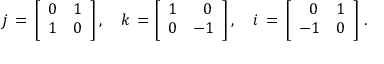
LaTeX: j \, = \, { \left[ \begin{array} { l l } { 0 } & { 1 } \\ { 1 } & { 0 } \end{array} \right] } \, , \quad k \, = { \left[ \begin{array} { l l } { 1 } & { \; ~ 0 } \\ { 0 } & { - 1 } \end{array} \right] } \, , \quad i \, = \, { \left[ \begin{array} { l l } { \; ~ 0 } & { 1 } \\ { - 1 } & { 0 } \end{array} \right] } ~ .